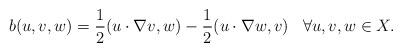
LaTeX: \begin{align*}b(u,v,w) &= \frac{1}{2} (u \cdot \nabla v, w) - \frac{1}{2} (u \cdot \nabla w, v) \; \; \; \forall u,v,w \in X.\end{align*}